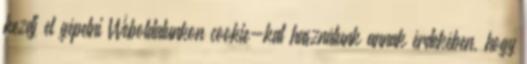
kezdj el gépelni Weboldalunkon cookie-kat használunk annak érdekében, hogy